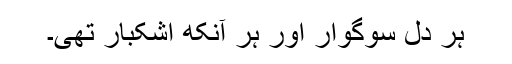
ہر دل سوگوار اور ہر آنکھ اشکبار تھی۔